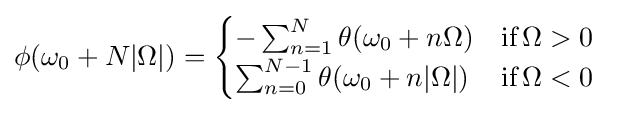
{\begin{aligned}\phi (\omega _{0}+N|\Omega |)&={\begin{cases}-\sum _{n=1}^{N}\theta (\omega _{0}+n\Omega )&{\text{if}}\,\Omega >0\\\sum _{n=0}^{N-1}\theta (\omega _{0}+n|\Omega |)&{\text{if}}\,\Omega <0\end{cases}}\end{aligned}}